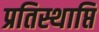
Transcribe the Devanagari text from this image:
प्रतिस्थाप्ति